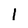
Character: 1